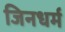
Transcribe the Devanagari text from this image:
जिनधर्म